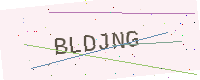
Text: BLDJNG